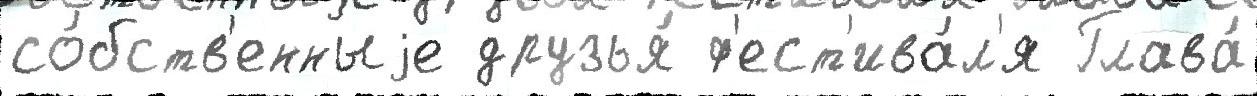
со́бств'енныjе друзья́ ф'ест'ива́л'я Глава́